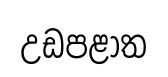
උඩපළාත